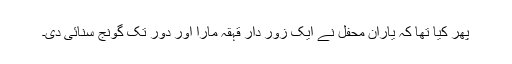
پھر کیا تھا کہ یاران محفل نے ایک زور دار قہقہ مارا اور دور تک گونج سنائی دی۔